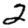
Digit: 2